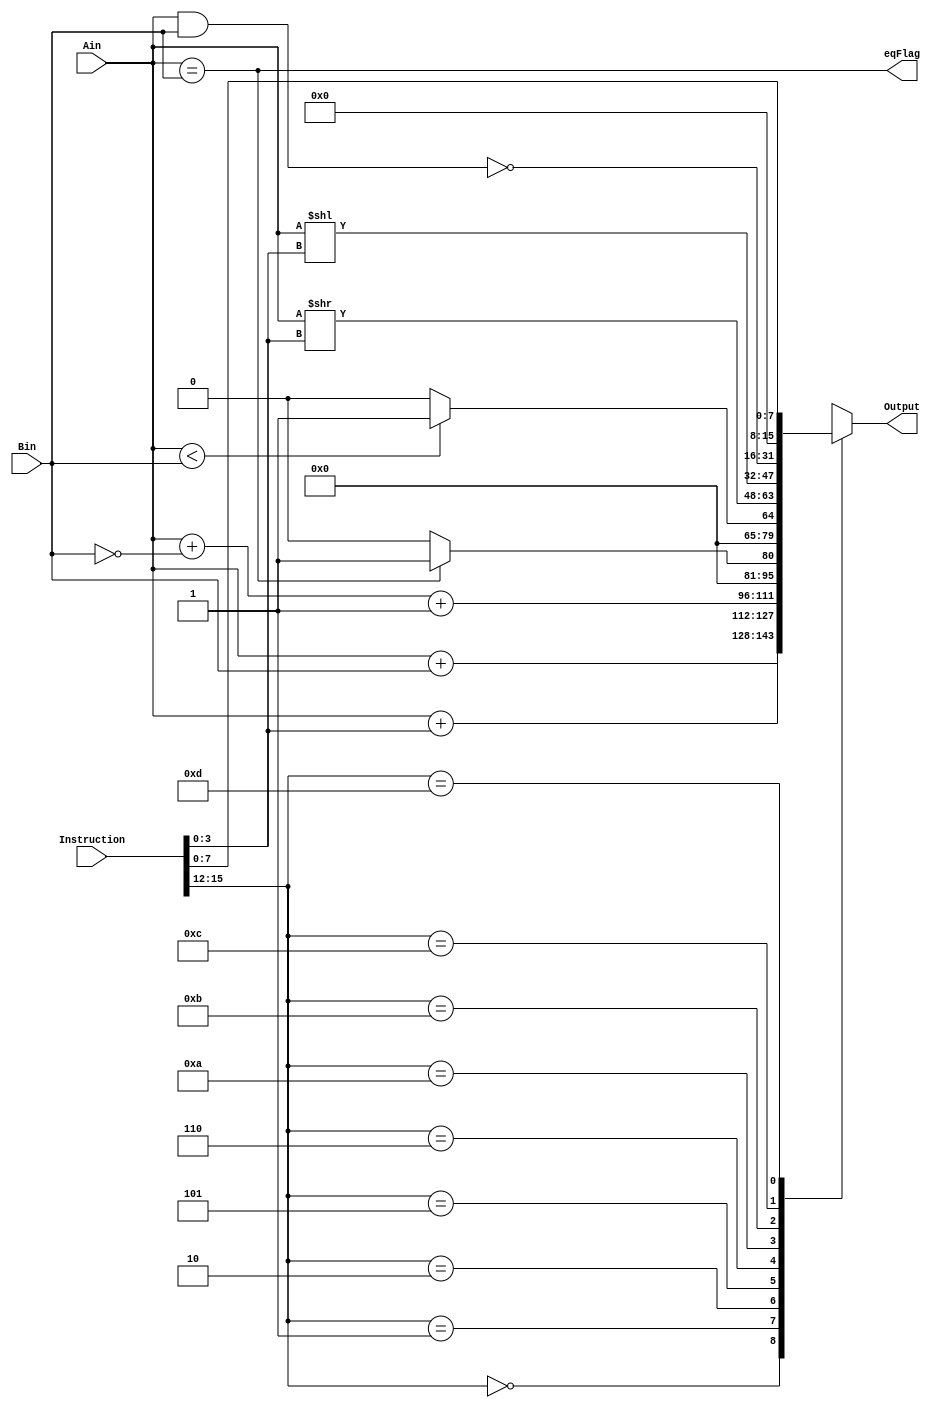
`timescale 1ns / 1ps
//////////////////////////////////////////////////////////////////////////////////
// Company: 
// Engineer: 
// 
// Design Name: 
// Module Name:    ALU 
// Project Name: 
// Target Devices: 
// Tool versions: 
// Description: 
//
// Dependencies: 
//
// Revision: 
// Revision 0.01 - File Created
// Additional Comments: 
//
//////////////////////////////////////////////////////////////////////////////////
module ALU(Ain,Bin,Instruction,Output,eqFlag);

// I/O
	input [15:0] Ain;
   input [15:0] Bin;
	input [15:0] Instruction;
// input [3:0] OpCode;
   output reg [15:0] Output;
	output eqFlag;
//   output ALessB,
//   output AEqB
	
	assign eqFlag = (Ain==Bin);
	always @(*)
	begin
	case(Instruction[15:12])  // Interpret OpCode
		4'b0000: Output = Ain + Bin; // Add
		4'b0001: Output = Ain + Instruction[3:0]; // Add Immediate
		4'b0010: Output = Ain + ~Bin+1'b1; // Subtract 
	//	4'b0011:	// Load Word
	//	4'b0100: // Store Word
		4'b0101: Output = (Ain == Bin)? 1'b1:1'b0; // Set Equal
		4'b0110: Output = (Ain <  Bin)? 1'b1:1'b0; // Set Less Than
	//	4'b0111: // Branch on Equal
	//	4'b1000: // Jump
	//	4'b1001: // Jump and Link
		4'b1010: Output = Ain>>Instruction[3:0]; // Right Shift Logical
		4'b1011: Output = Ain<<Instruction[3:0]; // Left Shift Logical
		4'b1100: Output = ~(Ain&Bin);				  // NAND
		4'b1101:	Output = Instruction[7:0]; // Load Immediate
	//	4'b1110:
	//	4'b1111:
		default: Output = 16'bx;
	endcase
	end
endmodule